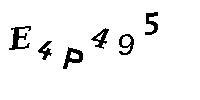
E4P495